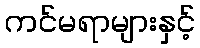
ကင်မရာများနှင့်